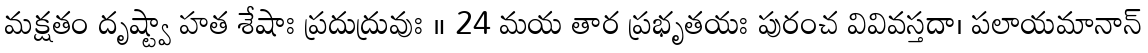
మక్షతం దృష్ట్వా హత శేషాః ప్రదుద్రువుః ॥ 24 మయ తార ప్రభృతయః పురంచ వివివస్తదా। పలాయమానాన్